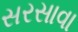
સરસાવા